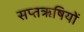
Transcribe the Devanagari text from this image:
सप्तॠषियों